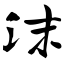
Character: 沫